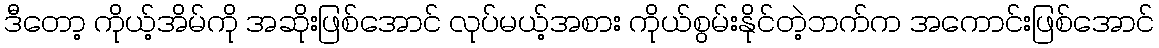
ဒီတော့ ကိုယ့်အိမ်ကို အဆိုးဖြစ်အောင် လုပ်မယ့်အစား ကိုယ်စွမ်းနိုင်တဲ့ဘက်က အကောင်းဖြစ်အောင်